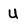
Character: U